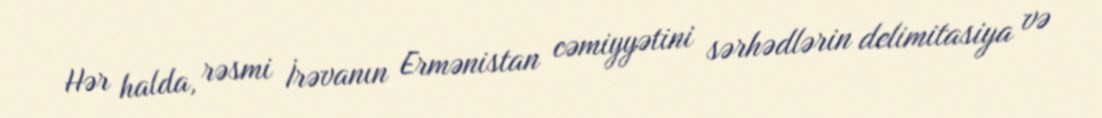
Hər halda, rəsmi İrəvanın Ermənistan cəmiyyətini sərhədlərin delimitasiya və